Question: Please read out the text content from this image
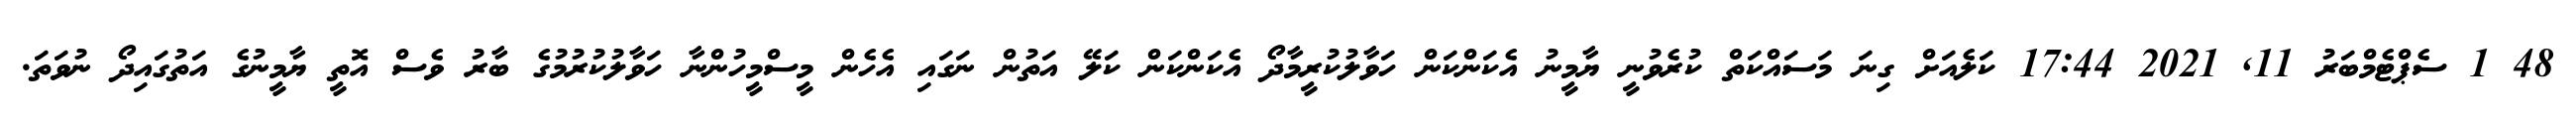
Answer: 48 1 ސެޕްޓެމްބަރު 11, 2021 17:44 ކަލެއަށް ގިނަ މަސައްކަތް ކުރެވުނީ ޔާމީނު އެކަންކަން ހަވާލުކުރީމާދޯ އެކަންކަން ކަލޭ އަތުން ނަގައި އެހެން މީސްމީހުންނާ ހަވާލުކުރުމުގެ ބާރު ވެސް އޮތީ ޔާމީނުގެ އަތުގައިދޯ ނުވަތަ.